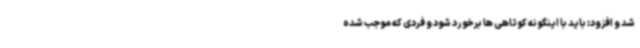
شد و افزود: باید با اینگونه کوتاهی ها برخورد شود و فردی که موجب شده